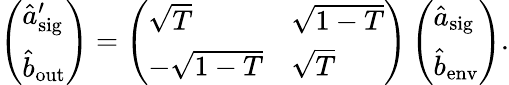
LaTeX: \left(\begin{array}{l}{\hat{a}_{\mathrm{sig}}^{\prime}}\\ {\hat{b}_{\mathrm{out}}}\end{array}\right)=\left(\begin{array}{ll}{\sqrt{T}}&{\sqrt{1-T}}\\ {-\sqrt{1-T}}&{\sqrt{T}}\end{array}\right)\left(\begin{array}{l}{\hat{a}_{\mathrm{sig}}}\\ {\hat{b}_{\mathrm{env}}}\end{array}\right).